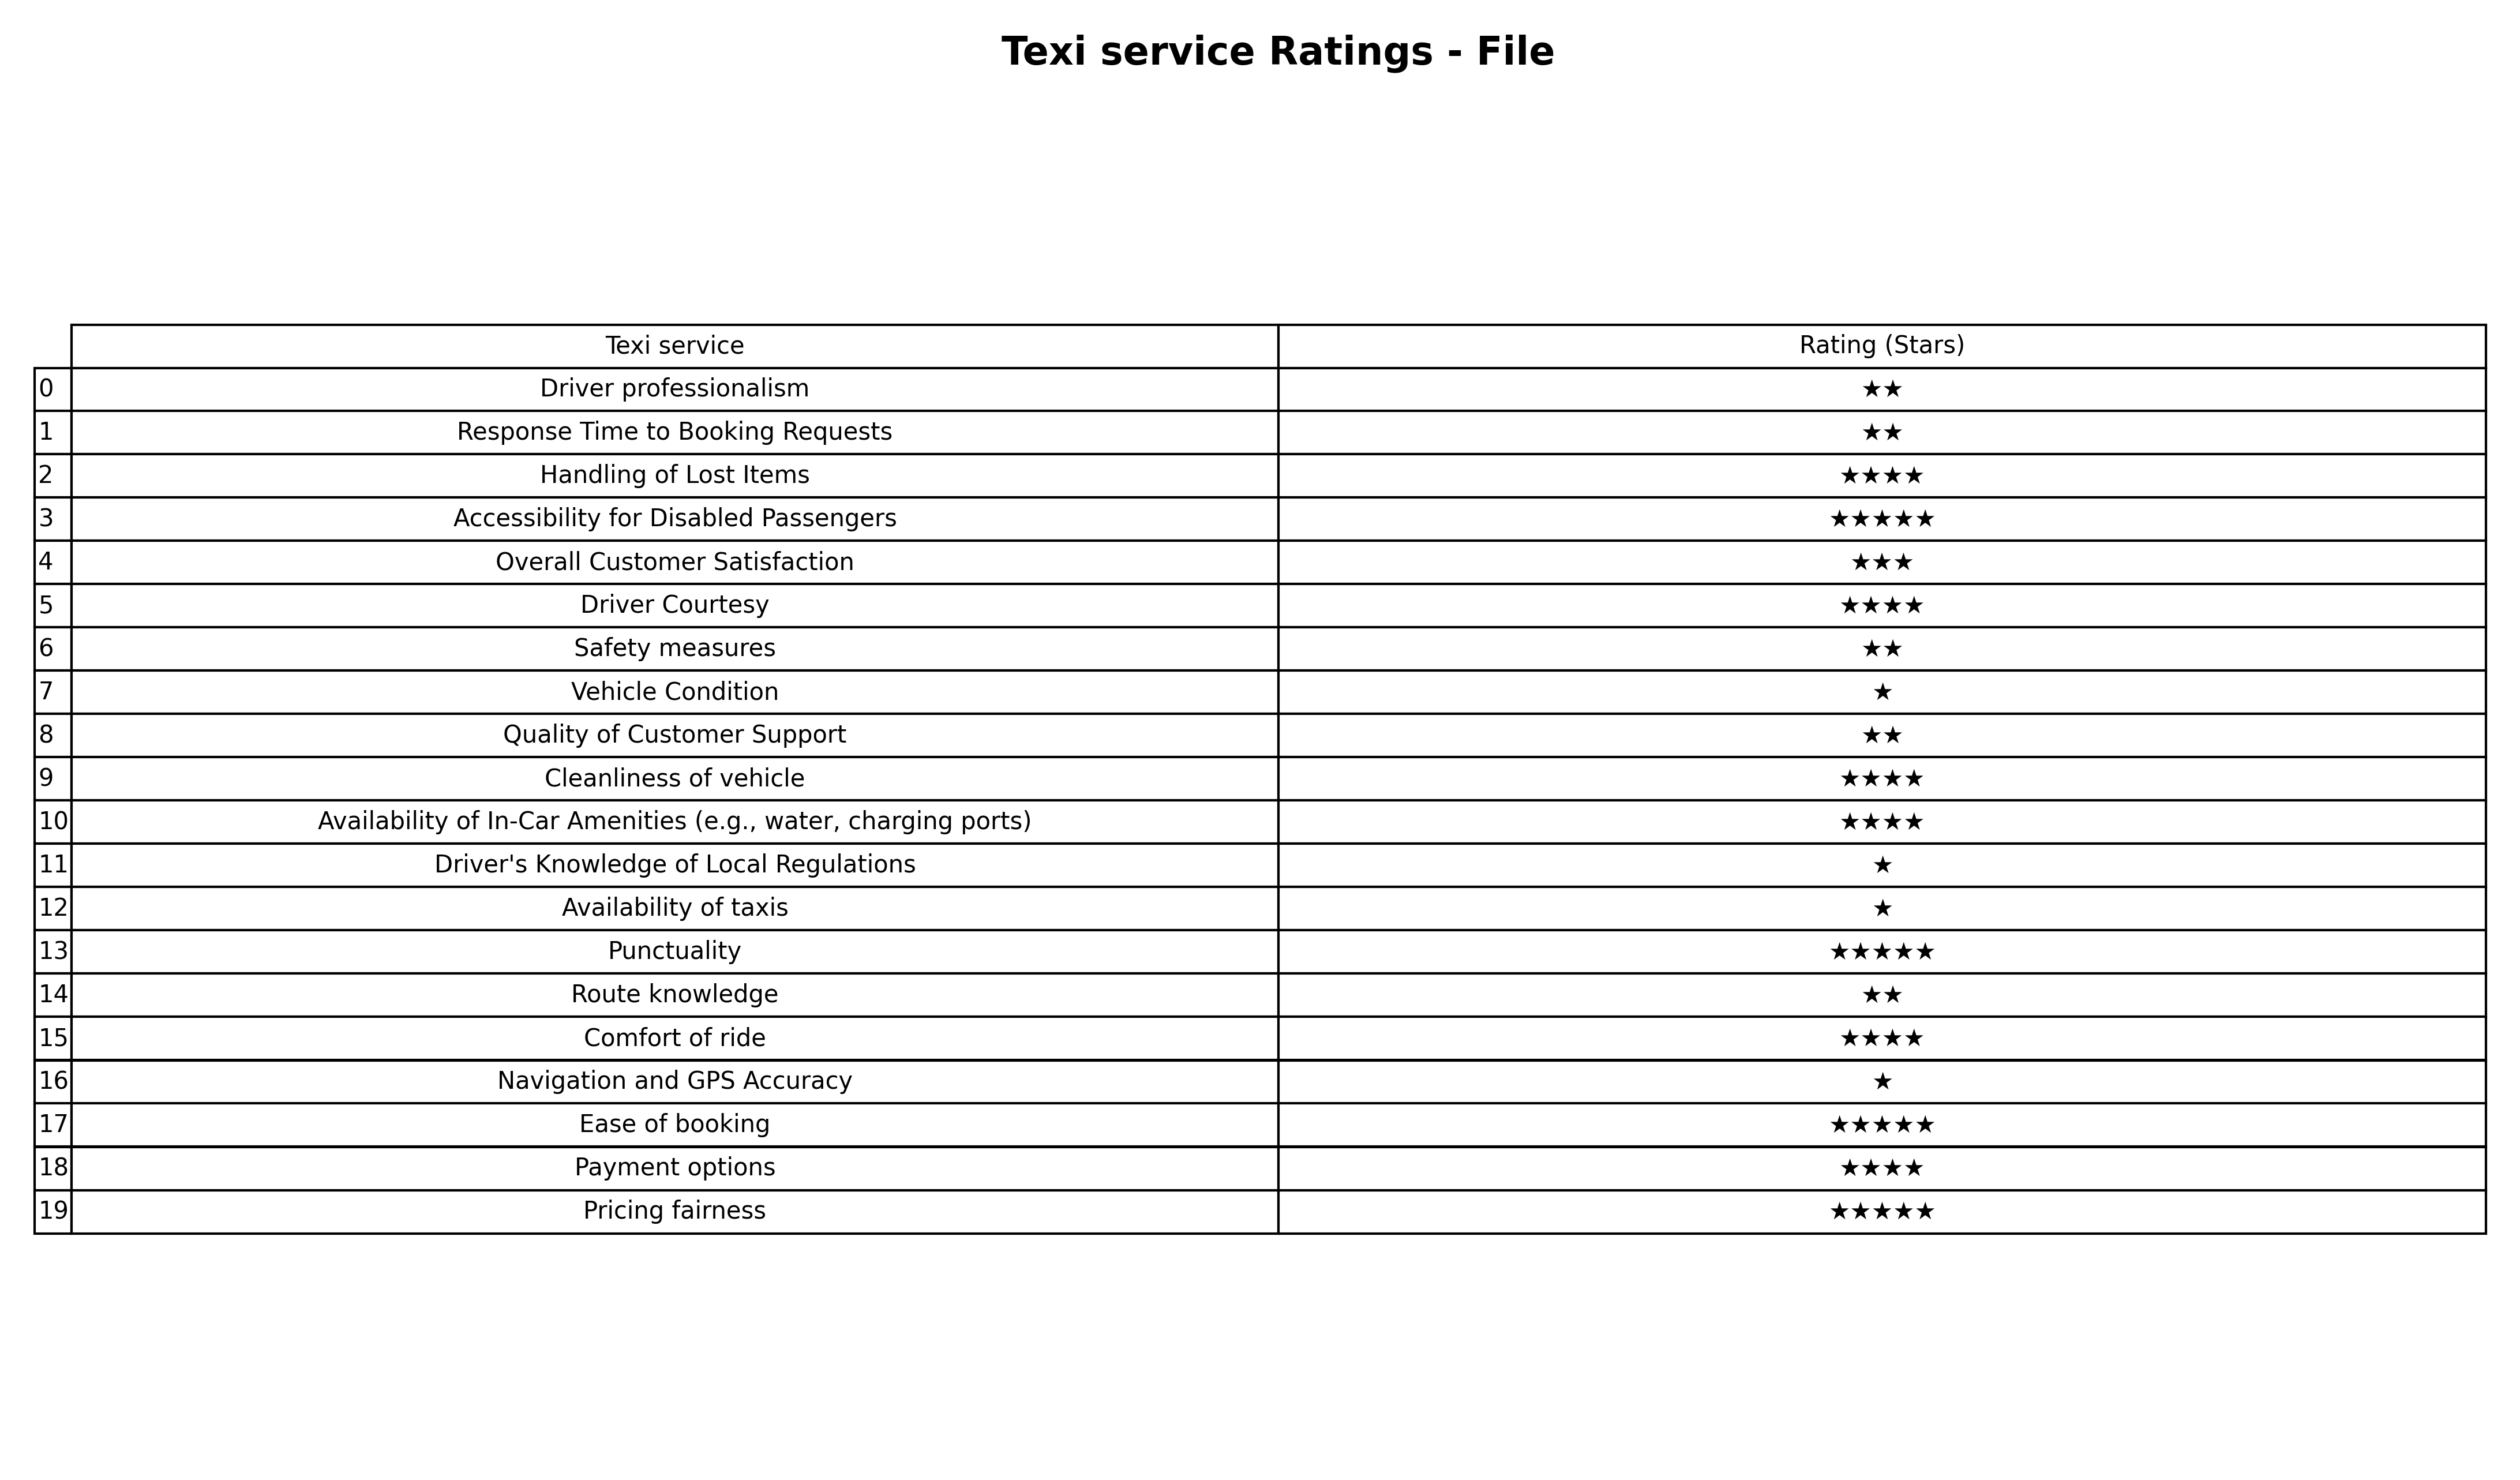
question: What are one star services?
answer: Vehicle ConditionDriver's Knowledge of Local RegulationsAvailability of taxisNavigation and GPS Accuracy